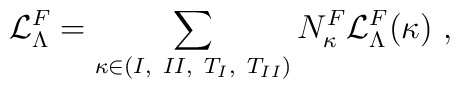
{\cal L}_\Lambda^F = \sum_{\kappa \in {(I,~II,~T_I,~T_{II})}}	N_\kappa^F {\cal L}_\Lambda^F  	(\kappa)~,